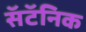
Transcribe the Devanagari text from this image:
सॅटॅनिक